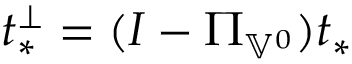
t _ { * } ^ { \perp } = ( I - \Pi _ { \mathbb { V } ^ { 0 } } ) t _ { * }